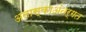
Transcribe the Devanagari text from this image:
अलास्काअंतर्गत